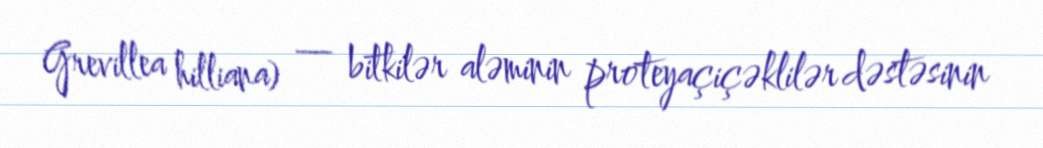
Grevillea hilliana) — bitkilər aləminin proteyaçiçəklilər dəstəsinin